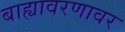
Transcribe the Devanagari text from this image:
बाह्यावरणावर